Annual administration report of the Civil Veterinary Department of India - 1894-1895
Year: 1894
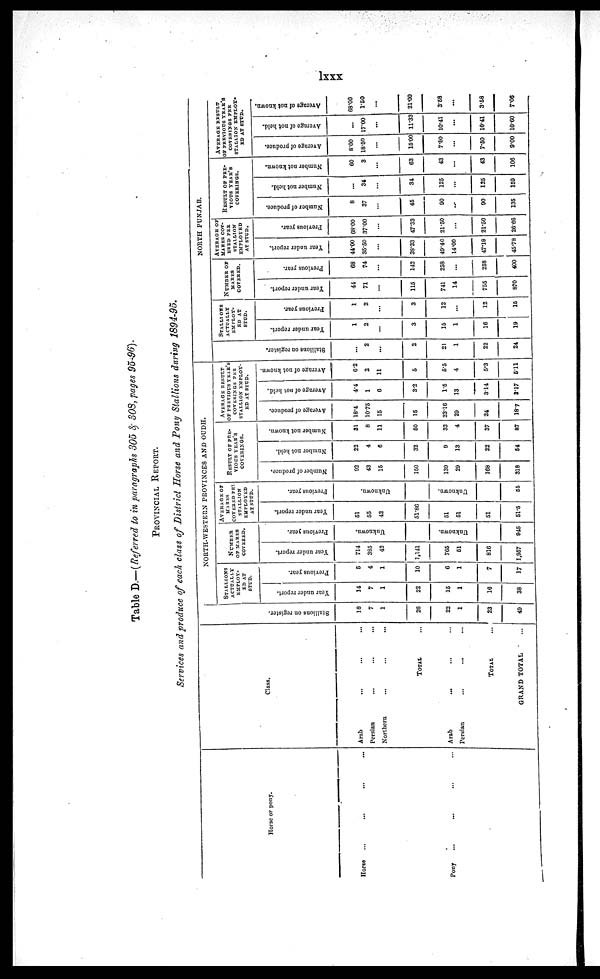
lxxx
Table D.—(Referred to in paragraphs 305 & 308, pages 95-96).
PROVINCIAL REPORT.
Services and produce of each class of District Horse and Pony Stallions during 1894-95.
Horse or pony.
Horse ... ... ... ...
Pony ... ... ... ...
Class.
Arab ... ... ...
Persian
...
...
...
Northern
...
...
...
TOTAL ...
Arab ... ... ...
Persian
...
...
...
TOTAL ...
GRAND TOTAL ...
St al l
i
ons on register.
18
7
26
22
1
23
49
NORTH-WESTERN PROVINCES AND OUDH.
STALLIONS
ACTUALLY
EMPLOY-
ED AT
STUD.
Year under report.
14
7
1
22
15
1
16
38
Previous year.
5
4
1
10
6
1
7
17
NUMBER
OF MARES
COVERED.
Year under report.
711
385
42
1,141
765
51
816
1,957
Previous year.
Unknown.
Unknown.
945
AVERAGE OFCOVERED PER
STALLION
EMPLOYED
AT STUD.
Year under report.
51
55
42
51.86
51
51
51
51.5
Previous year.
Unknown.
Unknown.
55
RESULT OF PRE¬
VIOUS YEAR'S
COVERINGS.
Number of produce.
92
43
15
150
139
29
168
318
Number not held.
22
4
6
32
9
13
22
54
Number not known.
31
8
11
50
33
4
37
87
AVERAGE RESULT
OF PREVIOUS YEAR'S
COVERINGS PER
STALLION EMPLOY¬
ED AT STUD.
Average of produce.
18.4
10.75
15
15
23.16
29
24
18.7
Average of not held.
4.4
1
6
3.2
1.5
13
3.14
3.17
Average of not known.
6.2
2
11
5
5.5
4
5.3
5.11
NORTH PUNJAB.
St al l
i
ons on register.
...
2
...
2
21
1
22
24
STALLIONS ACTUALLY
EMPLOY-
ED AT
STUD.
Year under report.
1
2
...
3
15
1
16
19
Previous year.
1
2
...
3
12
..
12
16
NUMBER OF
MARES
COVERED.
Year under report.
44
71
...
115
741
14
755
870
Previous year.
68
74
...
142
258
...
258
400
AVERAGE OF
MARES COV¬
ERED PER
STALLION
EMPLOYED
AT STUD.
Year under report.
44.00
35.50
...
38.33
49.40
14.00
47.18
45.78
Previous year.
68.00
37.00
...
47.33
21.50
...
21.50
26.66
RESULT OF PRE¬
VIOUS YEAR'S
COVERINGS.
Number of produce.
8
37
...
45
90
...
90
135
Number not held.
...
34
...
34
125
...
125
159
Number not known.
60
3
...
63
43
...
43
106
AVERAGE RESULT
OF PREVIOUS YEAR'S
COVERINGS PER
STALLION EMPLOY¬
ED AT STUD.
Average of produce.
8.00
18.50
...
15.00
7.50
...
7.50
9.00
Average of not held.
...
17.00
...
11.33
10.41
...
10.41
10.60
Average of not known.
68.00
1.50
...
21.00
3.58
...
3.58
7.06